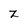
Character: z